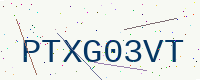
Text: PTXG03VT